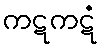
ကဋကဋံ